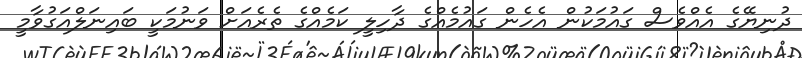
ދުނިޔޭގެ އެއްވެސް ގައުމަކުން އެހެން ގައުމެއްގެ ދާހިލީ ކަމެއްގެ ތެރެއަށް ވަނުމަކީ ބައިނަލްއަގުވާމީ